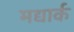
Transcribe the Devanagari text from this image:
मद्यार्क